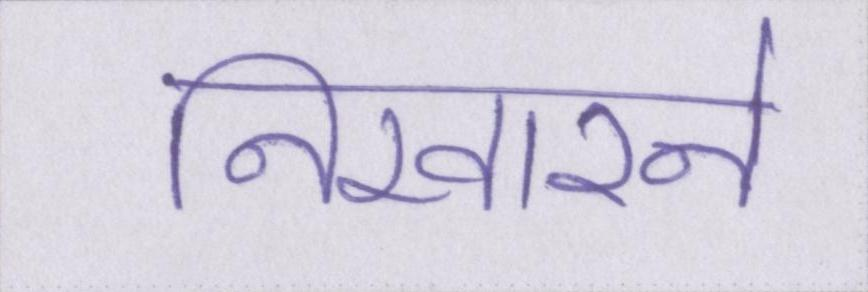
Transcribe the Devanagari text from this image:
निखारने